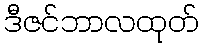
ဒီဇင်ဘာလထုတ်